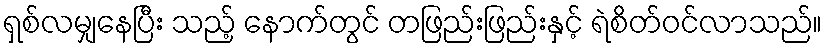
ရှစ်လမျှနေပြီး သည့် နောက်တွင် တဖြည်းဖြည်းနှင့် ရဲစိတ်ဝင်လာသည်။